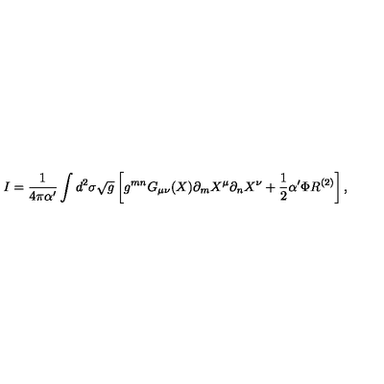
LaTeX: I = \frac { 1 } { 4 \pi \alpha ^ { \prime } } \int d ^ { 2 } \sigma \sqrt { g } \left[ g ^ { m n } G _ { \mu \nu } ( X ) \partial _ { m } X ^ { \mu } \partial _ { n } X ^ { \nu } + \frac { 1 } { 2 } \alpha ^ { \prime } \Phi R ^ { ( 2 ) } \right] ,